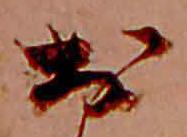
お